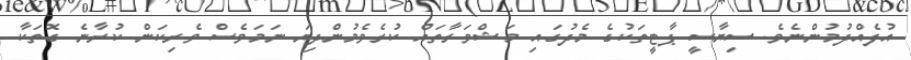
އުފެއްދުމުންނެވެ. ސިޔާސީ ޕާޓީތަކުގެ މެދުގައި މަޝްވަރާތައް ކުރެވެމުންދިޔަ ނަމަވެސް ވެރިކަން ކުރާނެ ގޮތަކާ